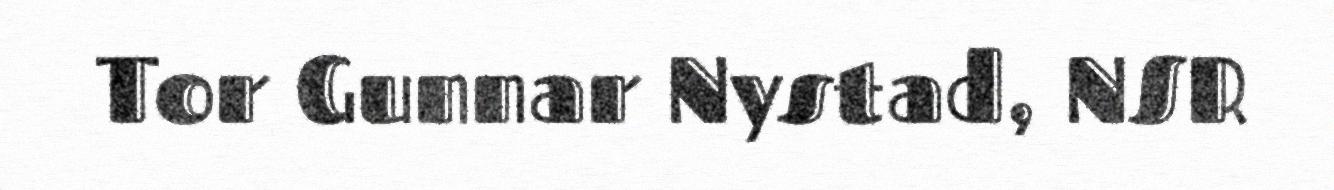
Tor Gunnar Nystad, NSR